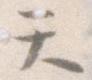
て